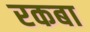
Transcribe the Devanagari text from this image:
रकबा